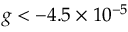
g < - 4 . 5 \times 1 0 ^ { - 5 }